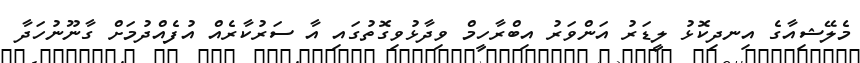
މެލޭޝިއާގެ އިނދިކޮޅު ލީޑަރު އަންވަރު އިބްރާހީމް ވިދާޅުވިގޮތުގައި އާ ސަރުކާރެއް އުފެއްދުމަށް ގާނޫނުހަދާ